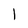
Character: l